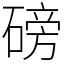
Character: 磅